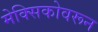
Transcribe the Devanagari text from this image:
मेक्सिकोवरून